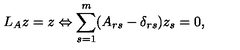
L _ { A } z = z \Leftrightarrow \sum _ { s = 1 } ^ { m } ( A _ { r s } - \delta _ { r s } ) z _ { s } = 0 , \nonumber